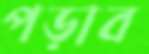
পড়াব